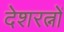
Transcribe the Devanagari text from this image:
देशरत्नों